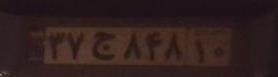
۳۷ج۸۴۸۱۰